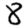
Digit: 8